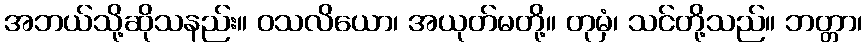
အဘယ်သို့ဆိုသနည်း။ ဝသလိယော၊ အယုတ်မတို့။ တုမှံ၊ သင်တို့သည်။ ဘတ္တာ၊